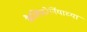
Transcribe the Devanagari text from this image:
कैलिफ़ोर्नियाच्या